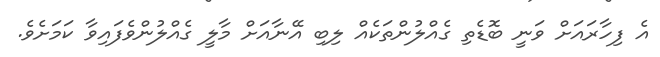
އެ ފިހާރައަށް ވަނީ ބޮޑެތި ގެއްލުންތަކެއް ލިބި އޭނާއަށް މާލީ ގެއްލުންވެފައިވާ ކަމަށެވެ.